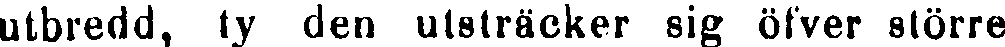
utbredd, ty den utsträcker sig öfver större